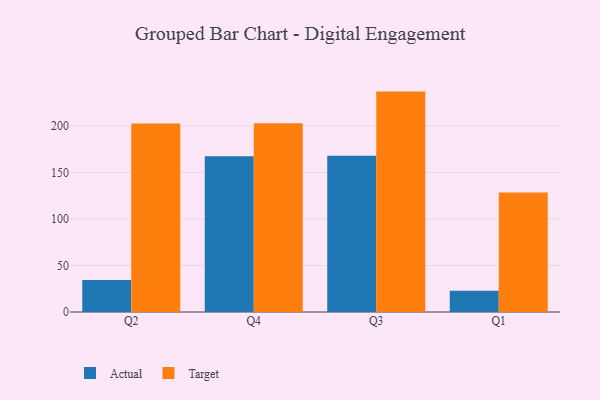
{"axis": {"x": "Quarter", "y": "Gross Profit (USD K)"}, "legend": ["Actual", "Target"], "data": [{"x": "Q2", "y": 34.5, "type": "Actual"}, {"x": "Q2", "y": 202.7, "type": "Target"}, {"x": "Q4", "y": 167.5, "type": "Actual"}, {"x": "Q4", "y": 202.9, "type": "Target"}, {"x": "Q3", "y": 167.9, "type": "Actual"}, {"x": "Q3", "y": 237.0, "type": "Target"}, {"x": "Q1", "y": 22.8, "type": "Actual"}, {"x": "Q1", "y": 128.5, "type": "Target"}]}